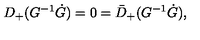
D _ { + } ( G ^ { - 1 } \dot { G } ) = 0 = \bar { D } _ { + } ( G ^ { - 1 } \dot { G } ) ,